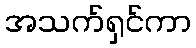
အသက်ရှင်ကာ